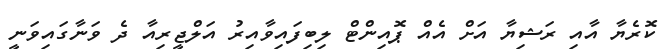
ކޮރެޔާ އާއި ރަޝިޔާ އަށް އެއް ޕޮއިންޓް ލިބިފައިވާއިރު އަލްޖީރިއާ ދެ ވަނާގައިވަނީ